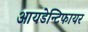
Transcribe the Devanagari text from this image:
आयडेन्टिफायर